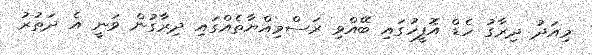
މިއަދު ދިރާގު ހެޑް އޮފީހުގައި ބޭއްވި ރަސްމިއްޔާތެއްގައި ދިރާގުން ވަނީ އެ ދަތުރު